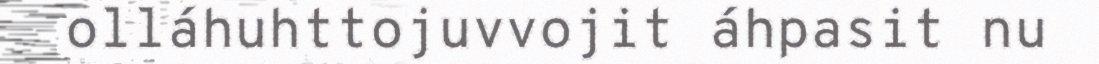
olláhuhttojuvvojit áhpasit nu